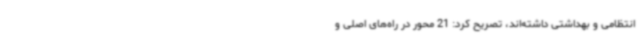
انتظامی و بهداشتی داشته‌اند، تصریح کرد: 21 محور در راه‌های اصلی و